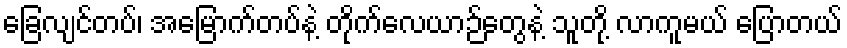
ခြေလျင်တပ်၊ အမြောက်တပ်နဲ့ တိုက်လေယာဉ်တွေနဲ့ သူတို့ လာကူမယ် ပြောတယ်